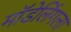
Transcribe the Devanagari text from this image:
मॉडेलिंगला